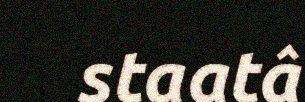
staatâ